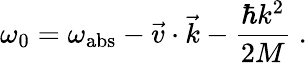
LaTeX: \omega_{0}=\omega_{\mathrm{abs}}-\vec{v}\cdot\vec{k}-\frac{\hbar k^{2}}{2M}\; .